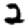
Digit: 2